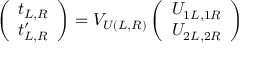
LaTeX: \left( \begin{array} { c } { { t _ { L , R } } } \\ { { t _ { L , R } ^ { \prime } } } \end{array} \right) = V _ { U ( L , R ) } \left( \begin{array} { c } { { U _ { 1 L , 1 R } } } \\ { { U _ { 2 L , 2 R } } } \end{array} \right)